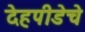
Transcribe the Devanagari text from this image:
देहपीडेचे